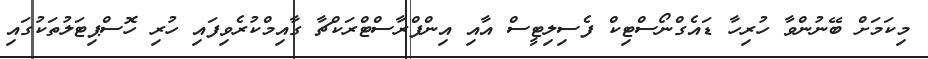
މިކަމަށް ބޭނުންވާ ހުރިހާ ޑައެގްނޯސްޓިކް ފެސިލިޓީސް އާއި އިންފްރާސްޓްރަކްޗާ ގާއިމްކުރެވިފައި ހުރި ހޮސްޕިޓަލުތަކުގައި